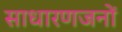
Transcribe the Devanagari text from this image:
साधारणजनों